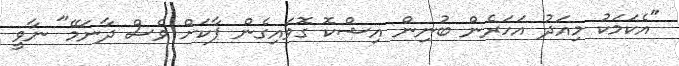
"އެކަމަކު މިއަދު އަހަރެން ބުނިން އިޝްކޮ ގޮވައިގެން ޕާކަށް ވެސް ދާނަމޭ" ނާވީ